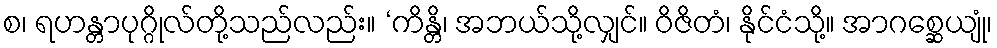
စ၊ ရဟန္တာပုဂ္ဂိုလ်တို့သည်လည်း။ ‘ကိန္တိ၊ အဘယ်သို့လျှင်။ ဝိဇိတံ၊ နိုင်ငံသို့။ အာဂစ္ဆေယျုံ၊